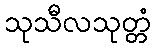
သုသီလသုတ္တံ